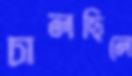
চালছিলে